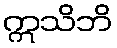
ဣသိဘိ